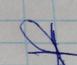
Signature authenticity: forged